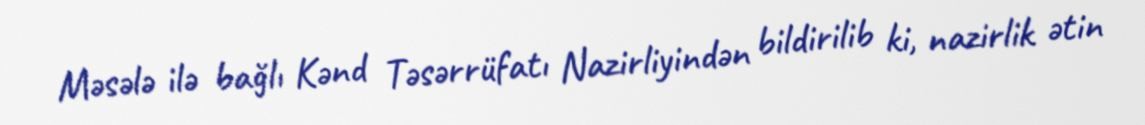
Məsələ ilə bağlı Kənd Təsərrüfatı Nazirliyindən bildirilib ki, nazirlik ətin